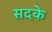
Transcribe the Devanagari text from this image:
सदके